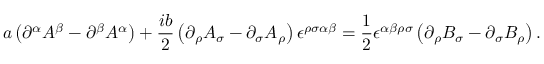
a \left( \partial ^ { \alpha } A ^ { \beta } - \partial ^ { \beta } A ^ { \alpha } \right) + \frac { i b } { 2 } \left( \partial _ { \rho } A _ { \sigma } - \partial _ { \sigma } A _ { \rho } \right) \epsilon ^ { \rho \sigma \alpha \beta } = \frac { 1 } { 2 } \epsilon ^ { \alpha \beta \rho \sigma } \left( \partial _ { \rho } B _ { \sigma } - \partial _ { \sigma } B _ { \rho } \right) .